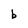
Character: b